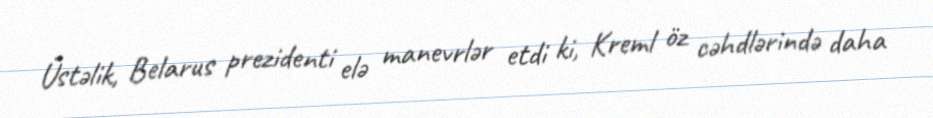
Üstəlik, Belarus prezidenti elə manevrlər etdi ki, Kreml öz cəhdlərində daha